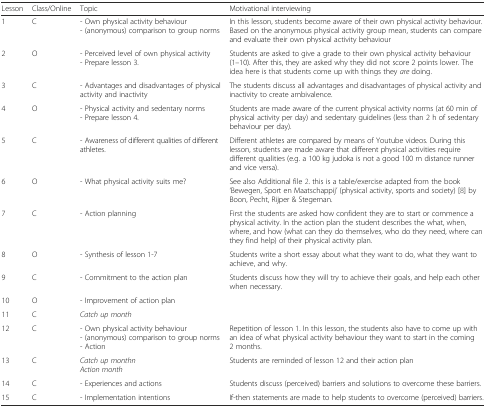
| Lesson | Class/Online | Topic | Motivational interviewing |
 | --- | --- | --- | --- |
 | 1 | C | - Own physical activity behaviour- (anonymous) comparison to group norms | In this lesson, students become aware of their own physical activity behaviour. Based on the anonymous physical activity group mean, students can compare and evaluate their own physical activity behaviour |
 | 2 | O | - Perceived level of own physical activity- Prepare lesson 3. | Students are asked to give a grade to their own physical activity behaviour (1–10). After this, they are asked why they did not score 2 points lower. The idea here is that students come up with things they are doing. |
 | 3 | C | - Advantages and disadvantages of physical activity and inactivity | The students discuss all advantages and disadvantages of physical activity and inactivity to create ambivalence. |
 | 4 | O | - Physical activity and sedentary norms- Prepare lesson 4. | Students are made aware of the current physical activity norms (at 60 min of physical activity per day) and sedentary guidelines (less than 2 h of sedentary behaviour per day). |
 | 5 | C | - Awareness of different qualities of different athletes. | Different athletes are compared by means of Youtube videos. During this lesson, students are made aware that different physical activities require different qualities (e.g. a 100 kg judoka is not a good 100 m distance runner and vice versa). |
 | 6 | O | - What physical activity suits me? | See also Additional file 2. this is a table/exercise adapted from the book ‘Bewegen, Sport en Maatschappij’ (physical activity, sports and society) [8] by Boon, Pecht, Rijper & Stegeman. |
 | 7 | C | - Action planning | First the students are asked how confident they are to start or commence a physical activity. In the action plan the student describes the what, when, where, and how (what can they do themselves, who do they need, where can they find help) of their physical activity plan. |
 | 8 | O | - Synthesis of lesson 1-7 | Students write a short essay about what they want to do, what they want to achieve, and why. |
 | 9 | C | - Commitment to the action plan | Students discuss how they will try to achieve their goals, and help each other when necessary. |
 | 10 | O | - Improvement of action plan |  |
 | 11 | C | Catch up month |  |
 | 12 | C | - Own physical activity behaviour- (anonymous) comparison to group norms- Action | Repetition of lesson 1. In this lesson, the students also have to come up with an idea of what physical activity behaviour they want to start in the coming 2 months. |
 | 13 | C | Catch up monthnAction month | Students are reminded of lesson 12 and their action plan |
 | 14 | C | - Experiences and actions | Students discuss (perceived) barriers and solutions to overcome these barriers. |
 | 15 | C | - Implementation intentions | If-then statements are made to help students to overcome (perceived) barriers. |